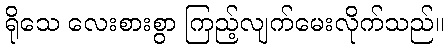
ရိုသေ လေးစားစွာ ကြည့်လျက်မေးလိုက်သည်။